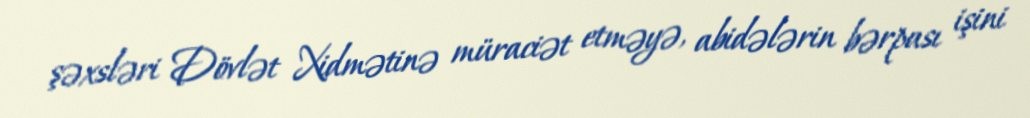
şəxsləri Dövlət Xidmətinə müraciət etməyə, abidələrin bərpası işini